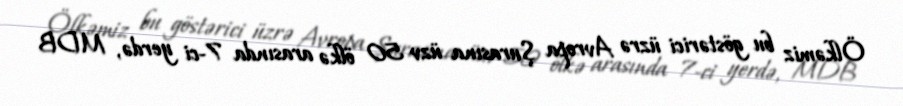
Ölkəmiz bu göstərici üzrə Avropa Şurasına üzv 50 ölkə arasında 7-ci yerdə, MDB